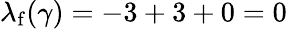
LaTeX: \lambda_{\mathrm{f}}(\gamma)=-3+3+0=0